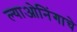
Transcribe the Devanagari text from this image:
ल्याओनिंगाचे